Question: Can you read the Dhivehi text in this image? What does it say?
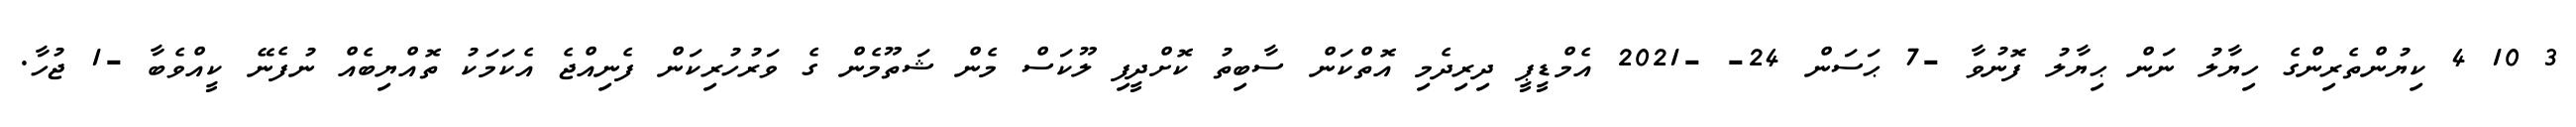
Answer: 3 10 4 ކިޔުންތެރިންގެ ހިޔާލު ނަން ޙިޔާލު ފޮނުވާ -7 ޙަސަން 24- -2021 އެމްޑީޕީ ދިރިދެމި އޮތްކަން ސާބިތު ކޮށްދީފި ލޫކަސް މެން ޝަތޫމެން ގެ ވަރުހުރިކަން ފެނިއްޖެ އެކަމަކު ތޮއްޔިބެއް ނުފެނޭ ކީއްވެބާ -1 ޖުހާ.